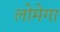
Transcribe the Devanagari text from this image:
लोमेगा